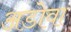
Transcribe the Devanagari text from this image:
अडोवा